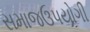
સમાજઉપયોગી